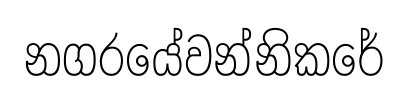
නගරයේවන්නිකරේ